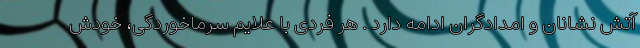
آتش نشانان و امدادگران ادامه دارد . هر فردی با علایم سرماخوردگی، خودش